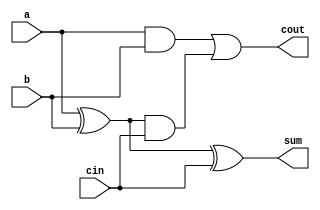
`timescale 1ns / 1ps
//////////////////////////////////////////////////////////////////////////////////
// Company: 
// Engineer: 
// 
// Design Name: 
// Module Name:    full_adder 
// Project Name: 
// Target Devices: 
// Tool versions: 
// Description: 
//
// Dependencies: 
//
// Revision: 
// Revision 0.01 - File Created
// Additional Comments: 
//
//////////////////////////////////////////////////////////////////////////////////
module FullAdder(sum, cout, a, b, cin);
	input a, b, cin;
	output sum, cout;
	
	wire w1;
	xor x1(w1, a, b);
	xor x2(sum, w1, cin);
	
	wire w2, w3;
	and(w2, a, b);
	and(w3, w1, cin);
	or(cout, w2, w3);

endmodule